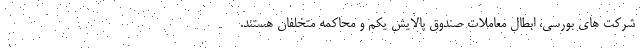
شرکت های بورسی، ابطال معاملات صندوق پالایش یکم و محاکمه متخلفان هستند.